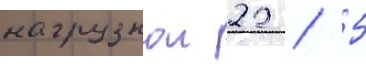
нагрузкои 22 / 5